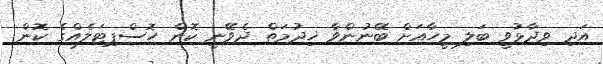
އަދި ވިދާޅުވީ ބަލި މީހާއަށް ބޭނުންވާ ޚިދުމަތް ދެވޭނީ ކޮން ހޮސްޕިޓަލެއްގެ ކޮން